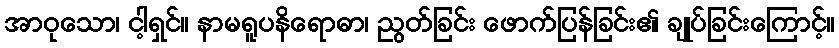
အာဝုသော၊ ငါ့ရှင်။ နာမရူပနိရောဓာ၊ ညွတ်ခြင်း ဖောက်ပြန်ခြင်း၏ ချုပ်ခြင်းကြောင့်။